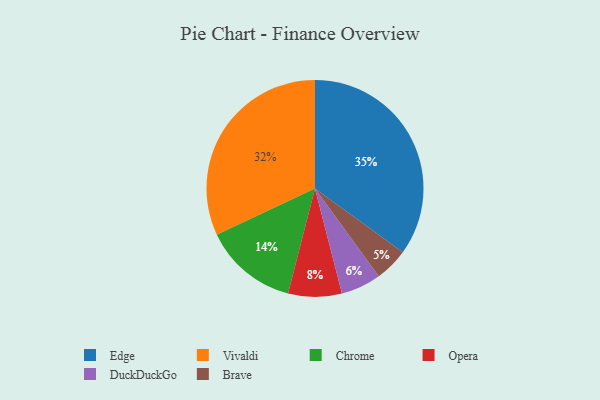
{"axis": {"x": "Category", "y": "Percentage"}, "legend": ["Brave", "Chrome", "DuckDuckGo", "Edge", "Opera", "Vivaldi"], "data": [{"x": "DuckDuckGo", "y": 6, "type": "DuckDuckGo"}, {"x": "Vivaldi", "y": 32, "type": "Vivaldi"}, {"x": "Brave", "y": 5, "type": "Brave"}, {"x": "Chrome", "y": 14, "type": "Chrome"}, {"x": "Edge", "y": 35, "type": "Edge"}, {"x": "Opera", "y": 8, "type": "Opera"}]}